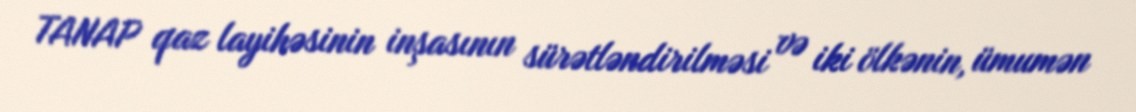
TANAP qaz layihəsinin inşasının sürətləndirilməsi və iki ölkənin, ümumən